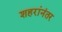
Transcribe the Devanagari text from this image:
शहरांनंतर